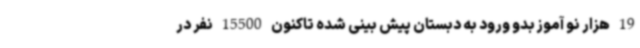
19 هزار نو آموز بدو ورود به دبستان پیش بینی شده تاکنون 15500 نفر در